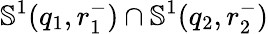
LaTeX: \mathbb{S}^{1}(q_{1},r_{1}^{-})\cap\mathbb{S}^{1}(q_{2},r_{2}^{-})